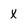
Character: x